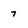
Character: 7